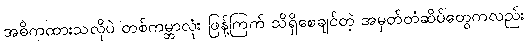
အဓိကထားသလိုပဲ တစ်ကမ္ဘာလုံး ဖြန့်ကြက် သိရှိစေချင်တဲ့ အမှတ်တံဆိပ်တွေကလည်း